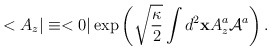
\begin{align*}<A_z\vert \equiv <0\vert \exp\left(\sqrt{\frac{\kappa}{2}}\int d^2 {\bf x}A^a_{z} {\cal A}^{a}\right).\end{align*}